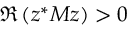
\Re \left( z ^ { * } M z \right) > 0